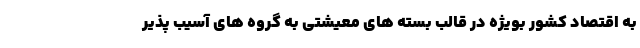
به اقتصاد کشور بویژه در قالب بسته های معیشتی به گروه های آسیب پذیر